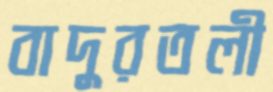
বাদুরতলী